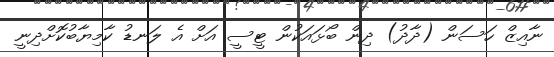
ނާއިޒް ހަސަން (ދާދު) ދިން ބޯޅައަކުން ޓީސީ އަށް އެ ލަނޑު ކާމިޔާބުކޮށްދިނީ